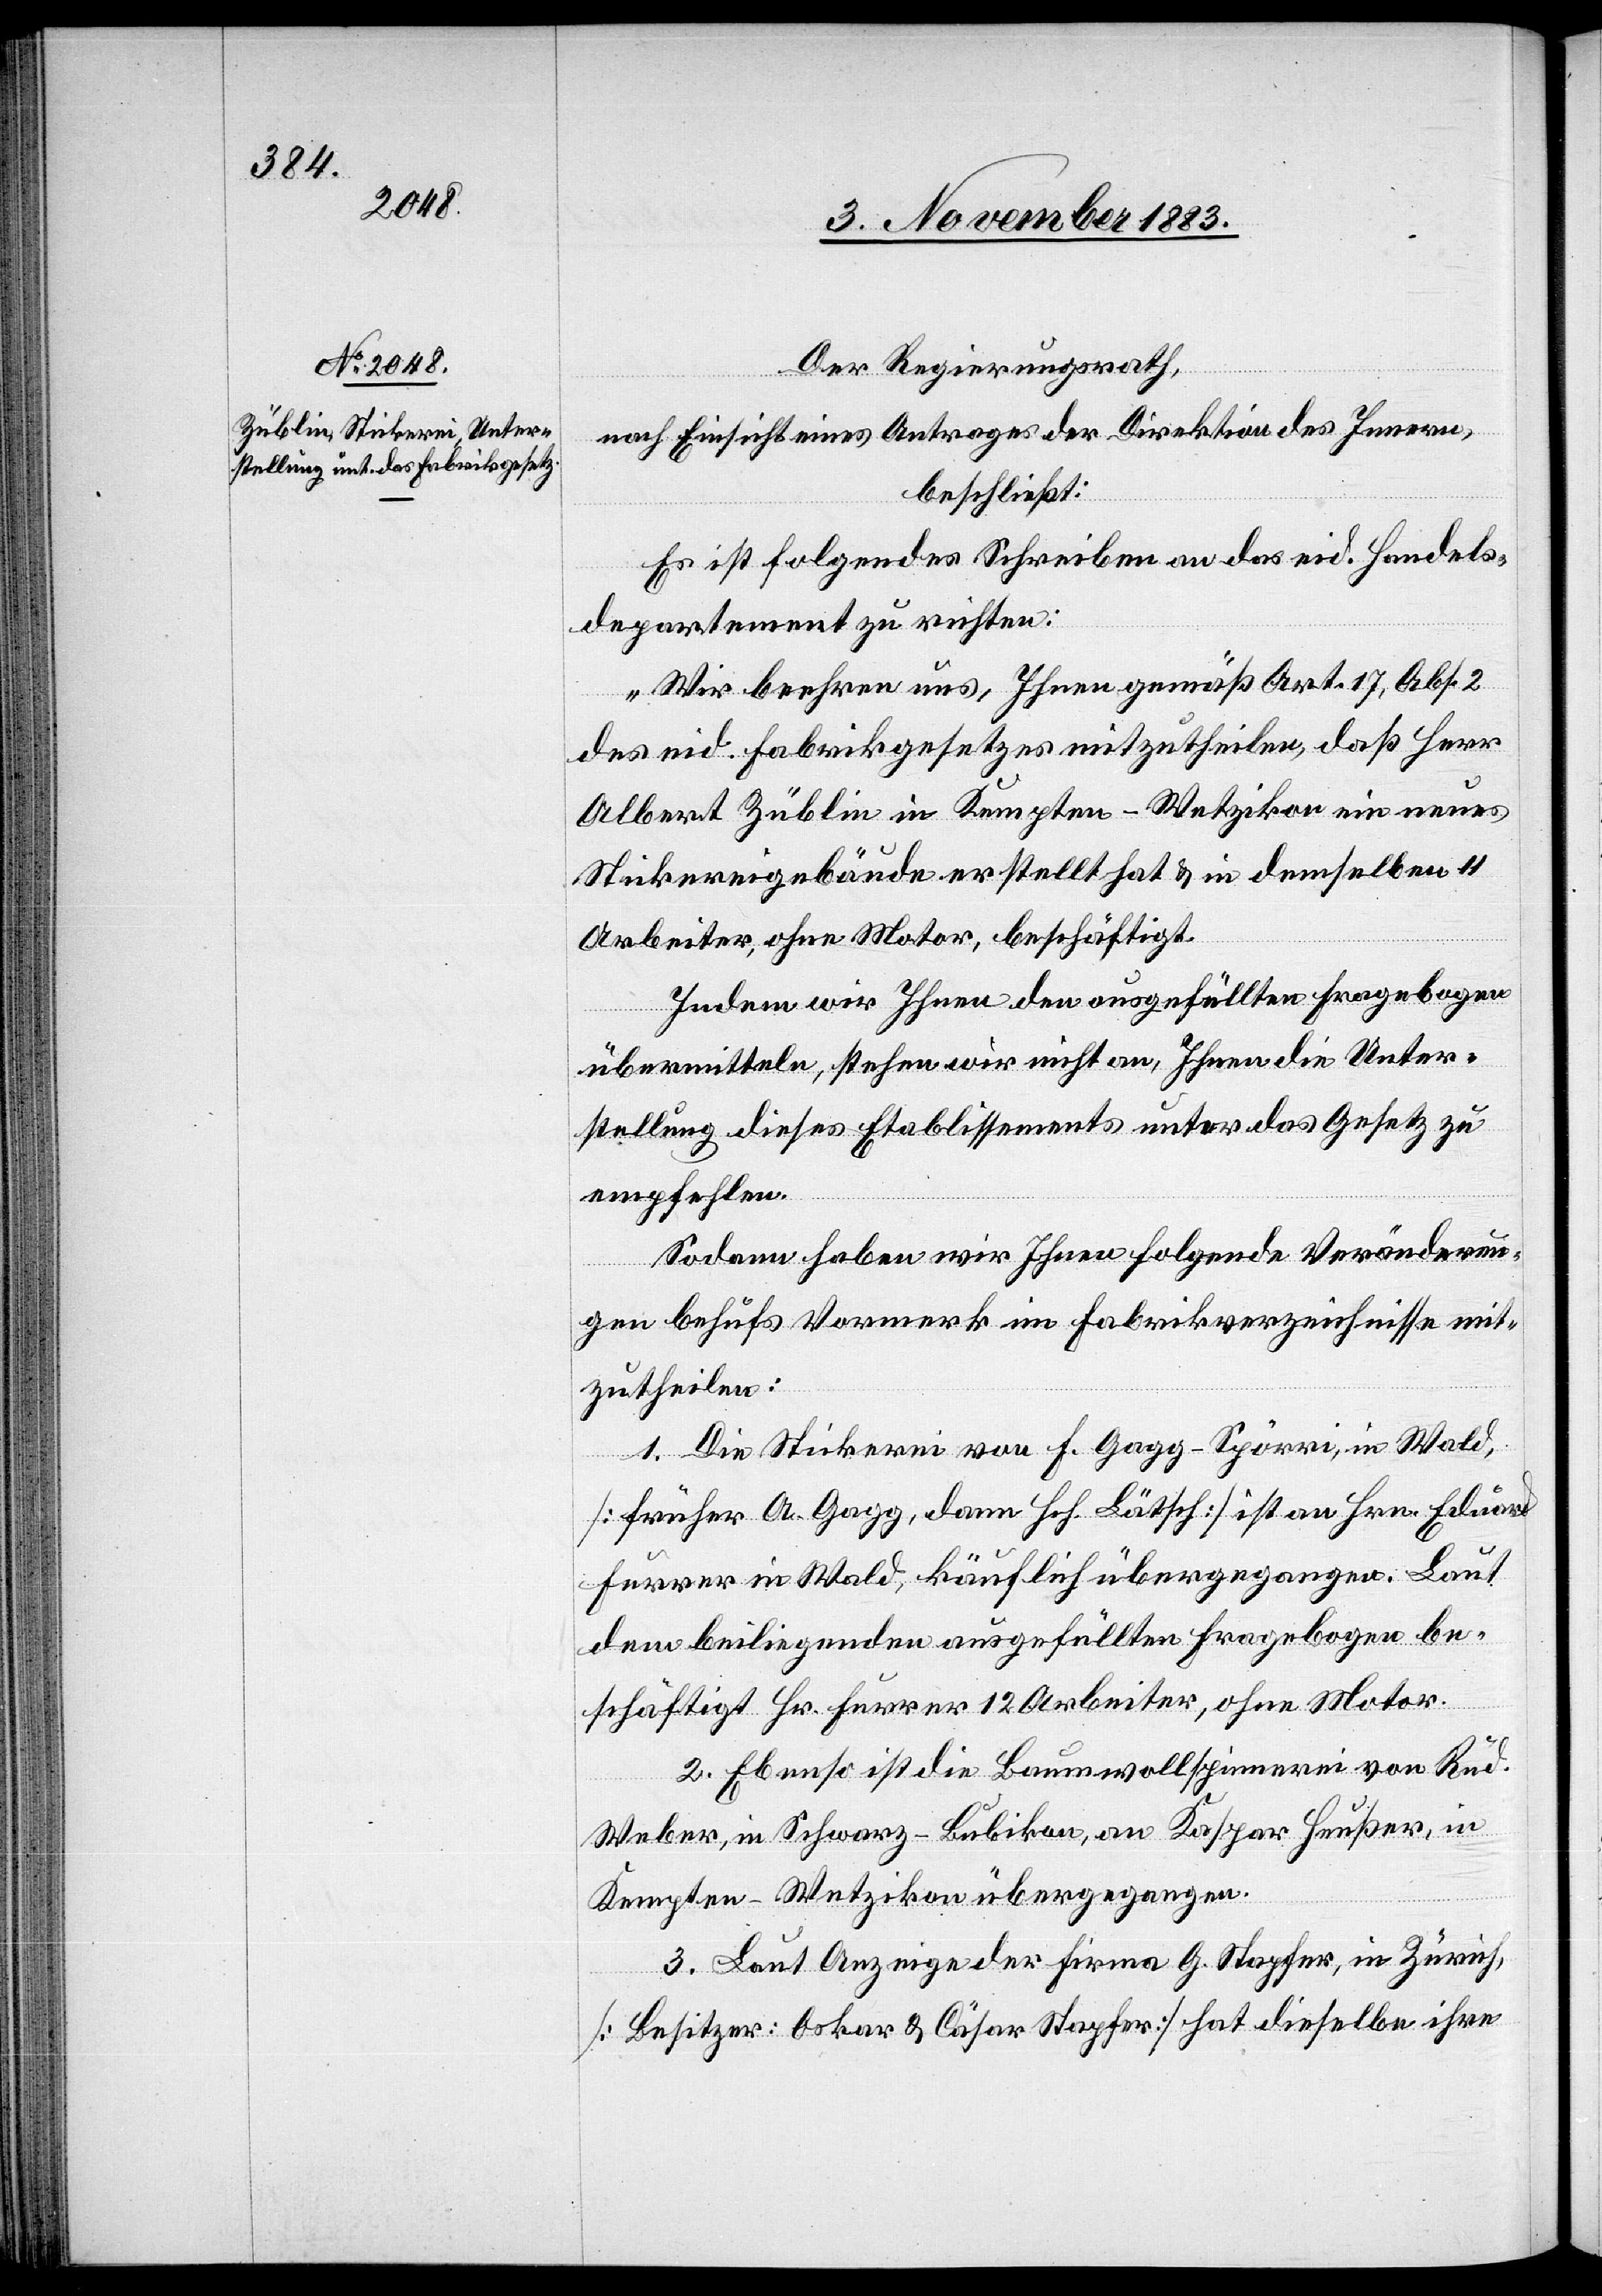
Der Regierungsrath,
nach Einsicht eines Antrages der Direktion des Innern,
beschließt:
Es ist folgendes Schreiben an das eid. Handels¬
department zu richten:
„Wir beehren uns, Ihnen gemäß Art. 17, Abs. 2
des eid. Fabrikgesetzes mitzutheilen, daß Herr
Albert Züblin in Kempten - Wetzikon ein neues
Stickereigebäude erstellt hat & in demselben 11
Arbeiter, ohne Motor, beschäftigt.
Indem wir Ihnen den ausgefüllten Fragebogen
übermitteln, stehen wir nicht an, Ihnen die Unter¬
stellung dieses Etablissements unter das Gesetz zu
empfehlen.
Sodann haben wir Ihnen folgende Veränderun¬
gen behufs Vormerk im Fabrikverzeichnisse mit¬
zutheilen:
1. Die Stickerei von F. Gagg-Spörri, in Wald,
[früher A. Gagg, dann Hch. Lätsch] ist an Hrn. Eduard
Furrer in Wald, käuflich übergegangen. Laut
dem beiliegenden ausgefüllten Fragebogen be¬
schäftigt Hr. Furrer 12 Arbeiter, ohne Motor.
2. Ebenso ist die Baumwollspinnerei von Rud.
Weber, in Schwarz - Bubikon, an Kaspar Heußer, in
Kempten - Wetzikon übergegangen.
3. Laut Anzeige der Firma G. Stapfer, in Zürich,
[Besitzer: Oskar & Cäsar Stapfer] hat dieselbe ihre